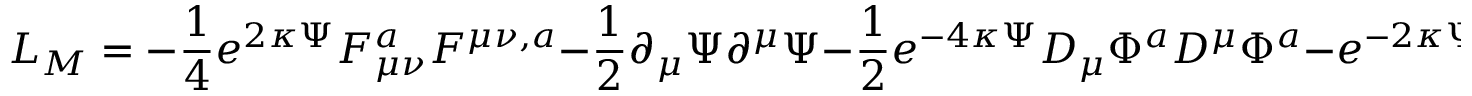
L _ { M } = - \frac { 1 } { 4 } e ^ { 2 \kappa \Psi } F _ { \mu \nu } ^ { a } F ^ { \mu \nu , a } - \frac { 1 } { 2 } \partial _ { \mu } \Psi \partial ^ { \mu } \Psi - \frac { 1 } { 2 } e ^ { - 4 \kappa \Psi } D _ { \mu } \Phi ^ { a } D ^ { \mu } \Phi ^ { a } - e ^ { - 2 \kappa \Psi } V ( \Phi ^ { a } ) \ ,